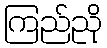
ကြည်ညို